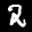
Label: 2